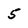
Character: 5